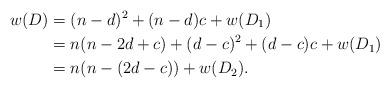
LaTeX: \begin{align*}w(D) &= (n-d)^2 + (n-d)c + w(D_1)\\&= n(n -2d + c) + (d-c)^2 + (d-c)c + w(D_1)\\&= n(n - (2d - c)) + w(D_2).\end{align*}